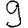
Digit: 9